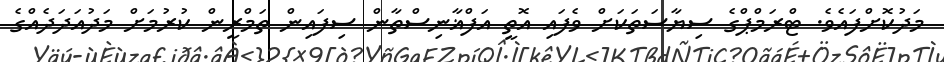
މަދުކޮށްފައެވެ. ޓްރަމްޕްގެ ސިޔާސަތަކަށް ވެފައި އޮތީ އަފްޣާނިސްތާން ސިފައިން ތަމްރީން ކުރުމަށް މަދުއަދަދެއްގެ